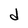
Character: d